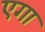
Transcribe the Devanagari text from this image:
एगा